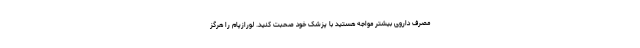
مصرف داروی بیشتر مواجه هستید با پزشک خود صحبت کنید. لورازپام را هرگز